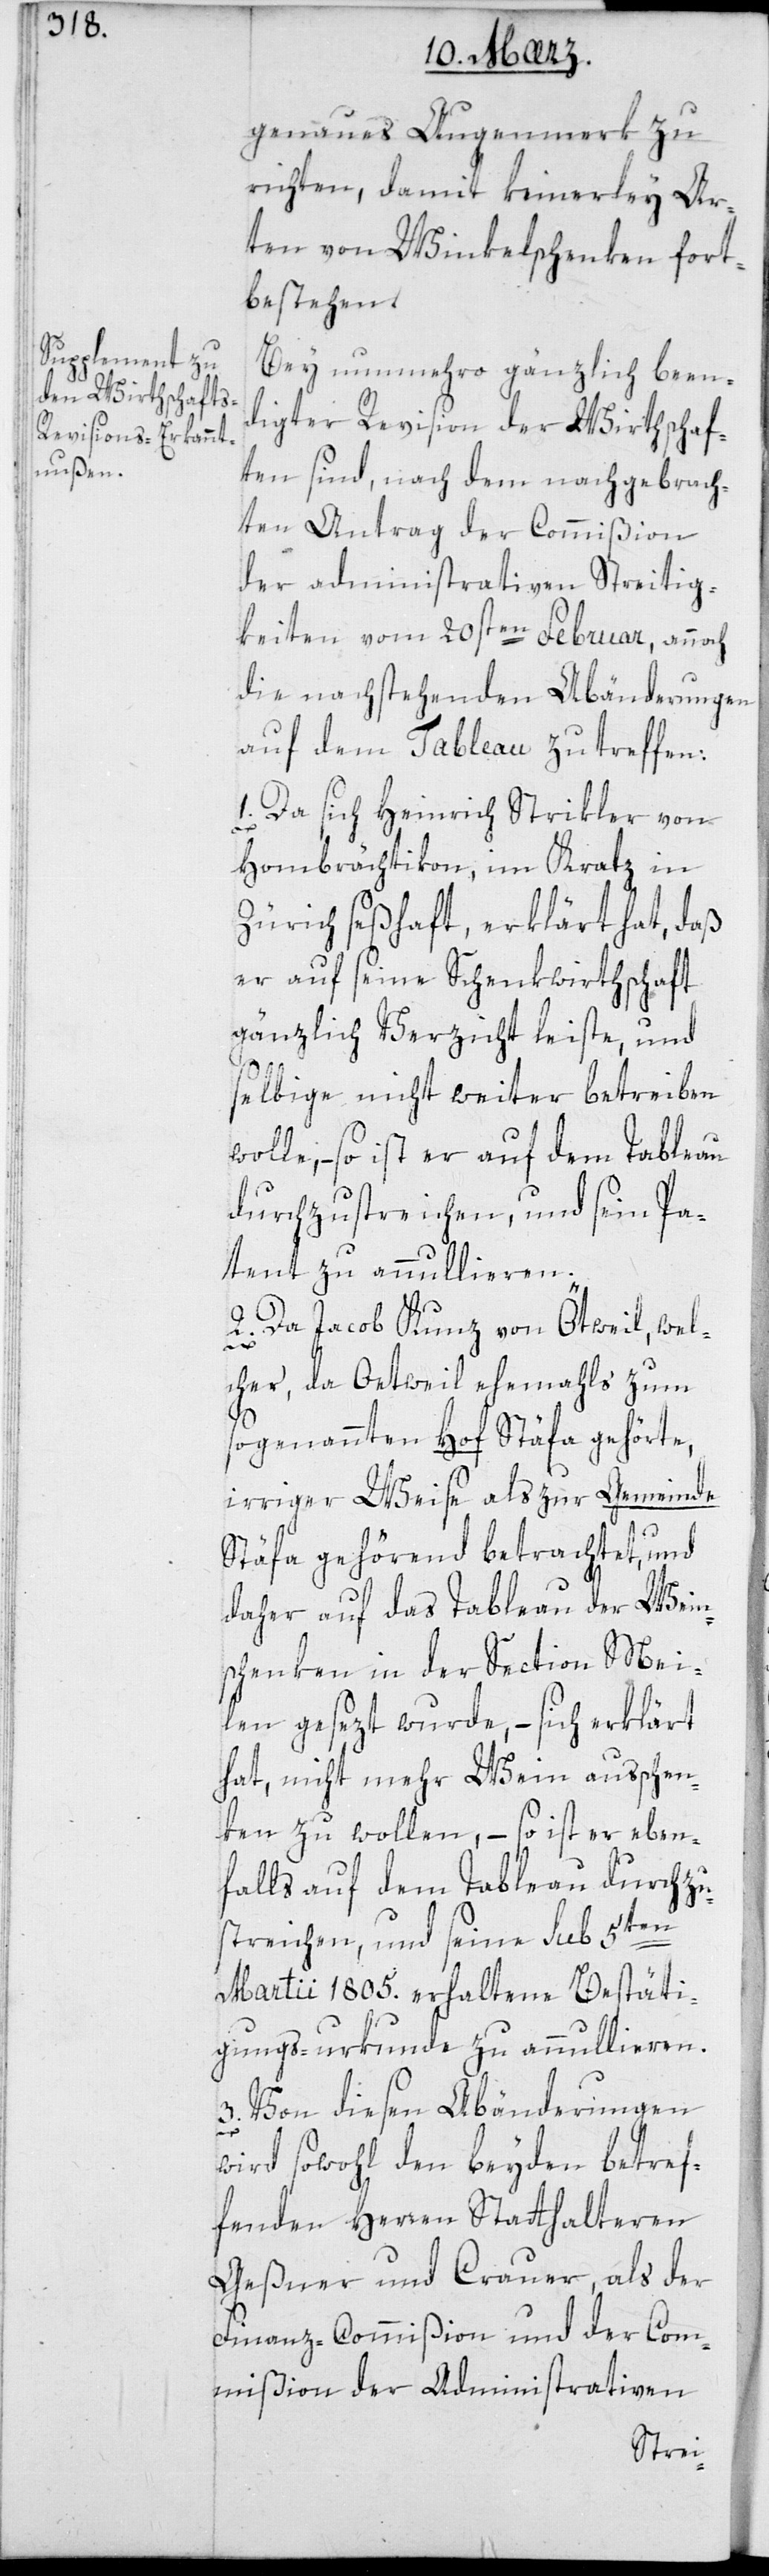
genaues Augenmerk zu
richten, damit keinerley Ar¬
ten von Winkelschenken fort¬
bestehen.
Bei nunmehro gänzlich been¬
digter Revision der Wirthschaf¬
ten sind, nach dem nachgebrach¬
ten Antrag der Commißion
der administrativen Streitig¬
keiten vom 20sten Februar, annoch
die nachstehenden Abänderungen
auf dem Tableau zu treffen:
1. Da sich Heinrich Strikler von
Hombrechtikon, im Kratz in
Zürich seßhaft erklärt hat, daß
er auf seine Schenkwirthschaft
gänzlich Verzicht leiste, und
selbige nicht weiter betreiben
so ist er auf dem Tableau
durchzustreichen, und sein Pa¬
tent zu annullieren.
2. Da Jacob Kunz von Oetweil, wel¬
cher, da Oetweil ehemahls zum
sogenannten Hof Stäfa gehörte,
irriger Weise als zur Gemeinde
Stäfa gehörend betrachtet, und
daher auf das Tableau der Wein¬
schenken in der Section Mei¬
len gesezt wurde, – sich erklärt
hat, nicht mehr Wein außchen¬
ken zu wollen, – so ist er eben¬
falls auf dem Tableau durchzu¬
streichen, und seine sub 5ten
Martii 1805. erhaltene Bestäti¬
gungs-urkunde zu annullieren.
3. Von diesen Abänderungen
wird sowohl den beyden betref¬
fenden Herren Statthalteren
Geßner und Crauer, als der
Finanz-Commißion und der Com¬
mißion der Administrativen